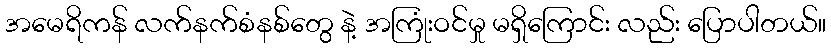
အမေရိကန် လက်နက်စံနစ်တွေ နဲ့ အကြုံးဝင်မှု မရှိကြောင်း လည်း ပြောပါတယ်။